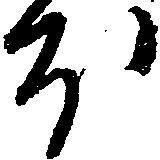
ほ